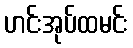
ဟင်းအုပ်ထမင်း